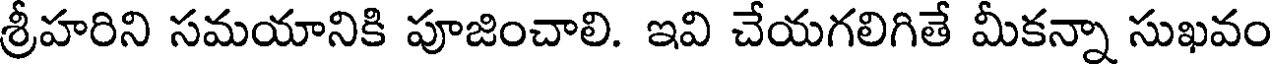
శ్రీహరిని సమయానికి పూజించాలి. ఇవి చేయగలిగితే మీకన్నా సుఖవం